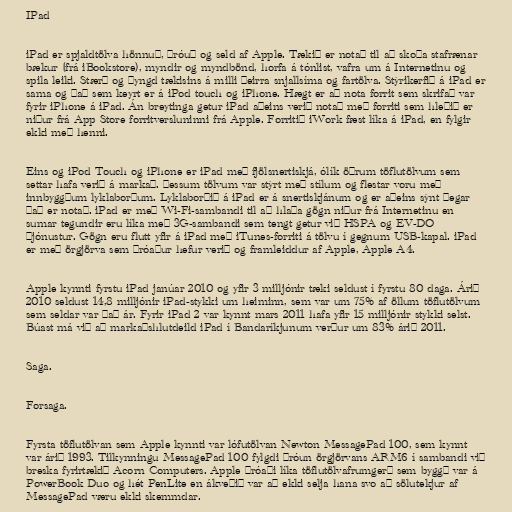
IPad

iPad er spjaldtölva hönnuð, þróuð og seld af Apple. Tækið er notað til að skoða stafrænar
bækur (frá iBookstore), myndir og myndbönd, horfa á tónlist, vafra um á Internetinu og
spila leiki. Stærð og þyngd tækisins á milli þeirra snjallsíma og fartölva. Stýrikerfið á iPad er
sama og það sem keyrt er á iPod touch og iPhone. Hægt er að nota forrit sem skrifað var
fyrir iPhone á iPad. Án breytinga getur iPad aðeins verið notað með forriti sem hleðið er
niður frá App Store forritversluninni frá Apple. Forritið iWork fæst líka á iPad, en fylgir
ekki með henni.

Eins og iPod Touch og iPhone er iPad með fjölsnertiskjá, ólík öðrum töflutölvum sem
settar hafa verið á markað. Þessum tölvum var stýrt með stílum og flestar voru með
innbyggðum lyklaborðum. Lyklaborðið á iPad er á snertiskjánum og er aðeins sýnt þegar
það er notað. iPad er með Wi-Fi-sambandi til að hlaða gögn niður frá Internetinu en
sumar tegundir eru líka með 3G-sambandi sem tengt getur við HSPA og EV-DO
þjónustur. Gögn eru flutt yfir á iPad með iTunes-forriti á tölvu í gegnum USB-kapal. iPad
er með örgjörva sem þróaður hefur verið og framleiddur af Apple, Apple A4.

Apple kynnti fyrstu iPad janúar 2010 og yfir 3 milljónir tæki seldust í fyrstu 80 daga. Árið
2010 seldust 14,8 milljónir iPad-stykki um heiminn, sem var um 75% af öllum töflutölvum
sem seldar var það ár. Fyrir iPad 2 var kynnt mars 2011 hafa yfir 15 milljónir stykki selst.
Búast má við að markaðshlutdeild iPad í Bandaríkjunum verður um 83% árið 2011.

Saga.

Forsaga.

Fyrsta töflutölvan sem Apple kynnti var lófutölvan Newton MessagePad 100, sem kynnt
var árið 1993. Tilkynningu MessagePad 100 fylgdi þróun örgjörvans ARM6 í sambandi við
breska fyrirtækið Acorn Computers. Apple þróaði líka töflutölvafrumgerð sem byggð var á
PowerBook Duo og hét PenLite en ákveðið var að ekki selja hana svo að sölutekjur af
MessagePad væru ekki skemmdar.